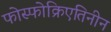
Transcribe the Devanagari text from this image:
फोस्फोक्रिएतिनीन